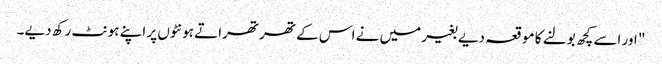
" اور اسے کچھ بولنے کا موقعہ دیے بغیر میں نے اس کے تھرتھراتے ہونٹوں پر اپنے ہونٹ رکھ دیے۔